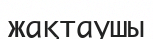
жақтаушы